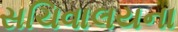
સચિવાલયના